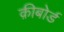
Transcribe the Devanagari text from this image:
क़ीबोर्ड